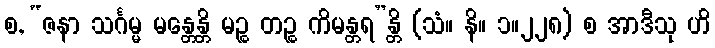
စ, “ဇနာ သင်္ဂမ္မ မန္တေန္တိ မဉ္စ တဉ္စ ကိမန္တရ”န္တိ (သံ။ နိ။ ၁။၂၂၈) စ အာဒီသု ဟိ